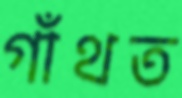
গাঁথত